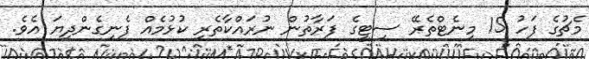
މެޗުގެ ފަހު 15 މިނެޓްތެރޭ ސިޓީގެ ފަރާތުން ނުރައްކާތެރި ކުޅުމެއް ފެނިގެންދިޔަ އެވެ.